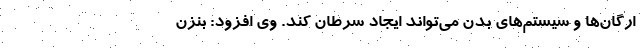
ارگان‌ها و سیستم‌های بدن می‌تواند ایجاد سرطان کند. وی افزود: بنزن